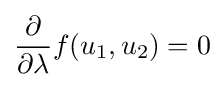
{\frac {\partial }{\partial \lambda }}f(u_{1},u_{2})=0